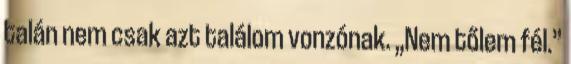
talán nem csak azt találom vonzónak. „Nem tőlem fél.”